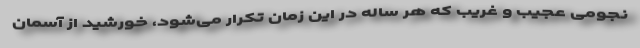
نجومی عجیب و غریب که هر ساله در این زمان تکرار می‌شود، خورشید از آسمان